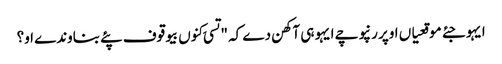
ایہو جئے موقعیاں اوپر رنپوچے ایہو ہی آکھن دے کہ "تسی کِنوں بیوقوف پئے بناوندے او؟